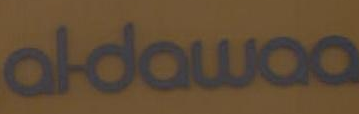
aldawaa